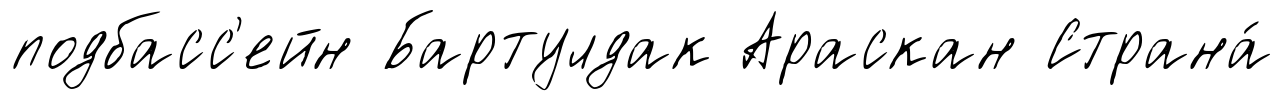
подбасс'ейн Бартулдак Араскан Страна́